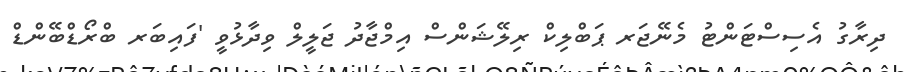
ދިރާގު އެސިސްޓަންޓު މެނޭޖަރ ޕަބްލިކް ރިލޭޝަންސް އިމްޖާދު ޖަލީލް ވިދާޅުވީ 'ފައިބަރ ބްރޯޑްބޭންޑް